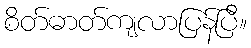
စိတ်ဓာတ်ကျလာပြန်ပြီ။